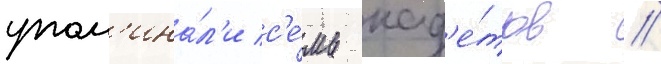
упом'ина́л'и с'е́мь кад'е́тов /